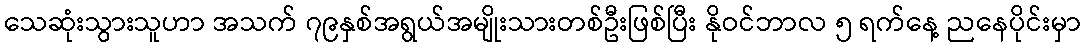
သေဆုံးသွားသူဟာ အသက် ၇၉နှစ်အရွယ်အမျိုးသားတစ်ဦးဖြစ်ပြီး နိုဝင်ဘာလ ၅ ရက်နေ့ ညနေပိုင်းမှာ